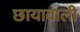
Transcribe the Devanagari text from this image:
छायावाली